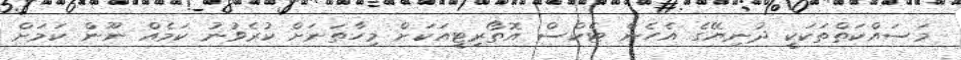
މަސައްކަތްތަކަކީ ދުނިޔޭގެ އެހެން ޓެކްސް އޮތޯރިޓީއަކަށް މިހާތަނަށް ކުރެވުނު ކަމެއް ނޫން ކަމަށް